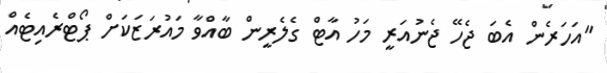
"އަހަރެން އެބަ ޖެހޭ ޖެނުއަރީ މަހު އާޓް ގެލެރީން ބާއްވާ މައުރަޒަކަށް ޕޯޓްރެއިޓެއް